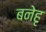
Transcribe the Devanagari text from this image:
बनेहृ